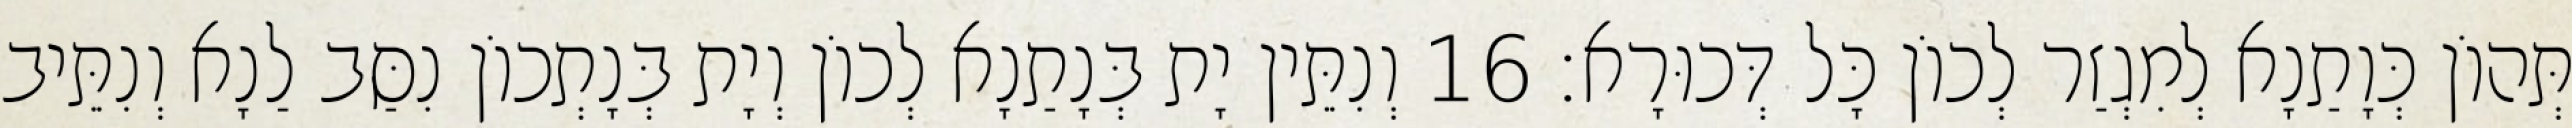
תְּהוֹן כְּוָתַנָא לְמִגְזַר לְכוֹן כָּל דְּכוּרָא׃ 16 וְנִתֵּין יָת בְּנָתַנָא לְכוֹן וְיָת בְּנָתְכוֹן נִסַּב לַנָא וְנִתֵּיב